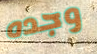
وجده